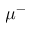
\mu ^ { - }